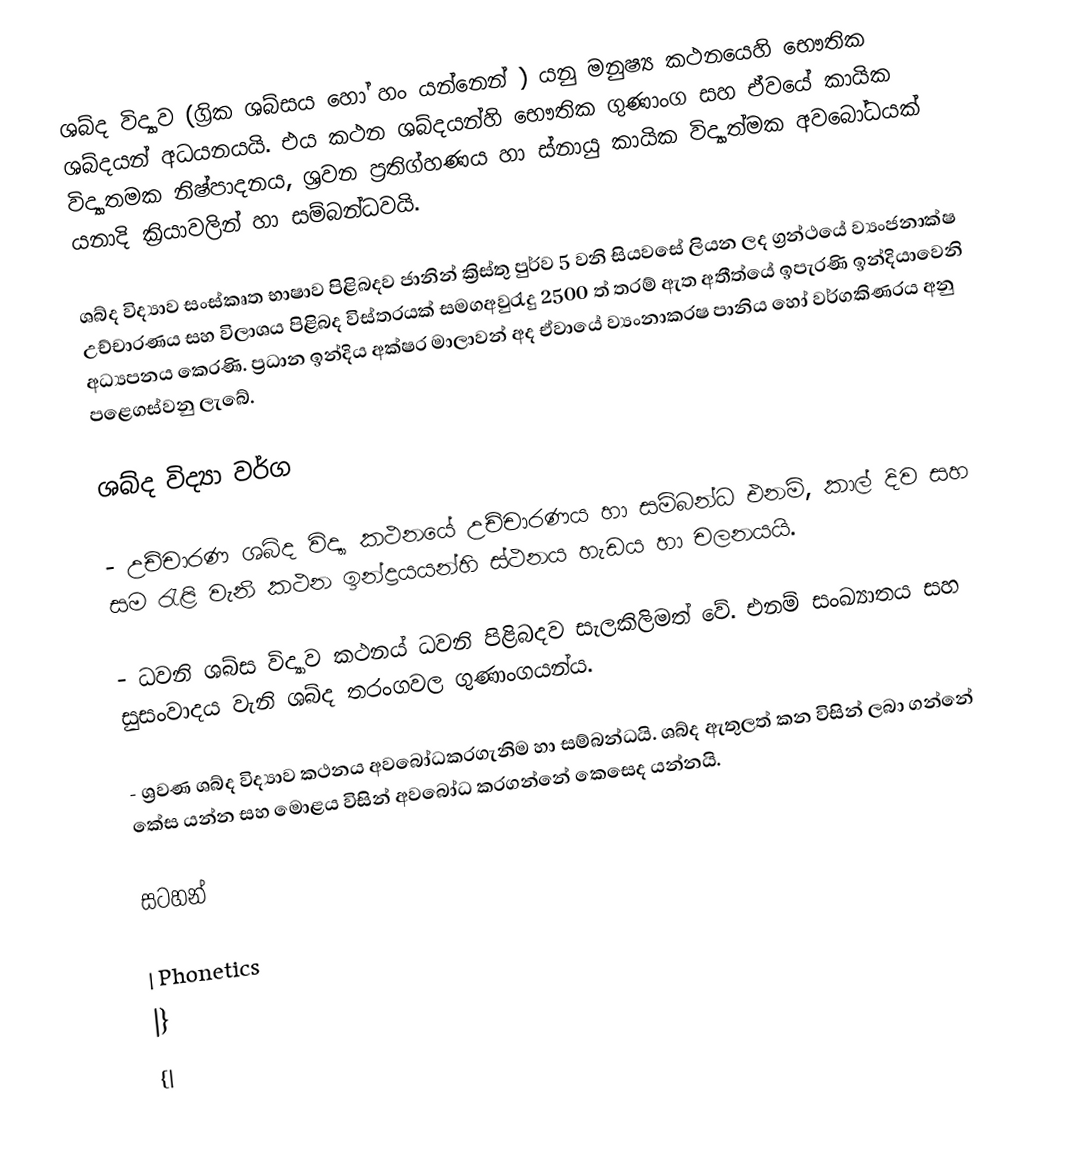
ශබ්ද විද්‍යාව (ග්‍රික ශබ්සය හෝ හං යන්නෙන් ) යනු මනුෂ්‍ය කථනයෙහි භෞතික ශබ්දයන් අධයනයයි. එය කථන ශබ්දයන්හි භෞතික ගුණාංග සහ ඒවයේ කායික විද්‍යාතමක නිෂ්පාදනය, ශ්‍රවන ප්‍රතිග්හණය හා ස්නායු කායික විද්‍යාත්මක අවබෝධයක් යනාදි ක්‍රියාවලින් හා සම්බන්ධවයි.

ශබ්ද විද්‍යාව සංස්කෘත භාෂාව පිළිබදව ජානින් ක්‍රිස්තු පුර්ව 5 වනි සියවසේ ලියන ලද ග්‍රන්ථයේ ව්‍යංජනාක්ෂ උච්චාරණය සහ විලාශය පිළිබද විස්තරයක් සමගඅවුරැදු 2500 ත් තරම් ඇත අතීත්යේ ඉපැරණි ඉන්දියාවෙනි අධ්‍යපනය ‍කෙරණි. ප්‍රධාන ඉන්දිය අක්ෂර මාලාවන් අද ඒවායේ ව්‍යංනාකරෂ පානිය හෝ වර්ගකිණරය අනු පළෙගස්වනු ලැබේ.

ශබ්ද විද්‍යා වර්ග

- උච්චාරණ ශබ්ද විද්‍යා කථනයේ උච්චාරණය හා සම්බන්ධ එනම්, කාල් දිව සහ සම රැළි වැනි කථන ඉන්ද්‍රයයන්හි ස්ථනය හැඩය හා චලනයයි.

- ධවනි ශබ්ස විද්‍යාව කථනය් ධවනි පිළිබදව සැලකිලිමත් වේ. එනම් සංඛ්‍යාතය සහ සුසංවාදය වැනි ශබ්ද තරංගවල ගුණාංගයන්ය.

- ශ්‍රවණ ශබ්ද විද්‍යාව කථනය අවබෝධකරගැනිම හා සම්බන්ධයි. ශබ්ද ඇතුලත් කන විසින් ලබා ගන්නේ කේස යන්න සහ මොළය විසින් අවබෝධ කරගන්නේ කෙසෙද යන්නයි.

සටහන්

| Phonetics
|}
{|